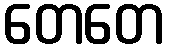
တေတေ